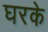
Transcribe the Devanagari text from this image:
घरके